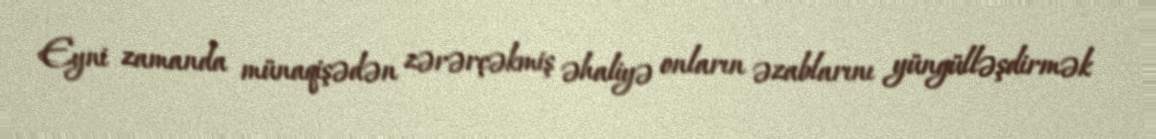
Eyni zamanda münaqişədən zərərçəkmiş əhaliyə onların əzablarını yüngülləşdirmək